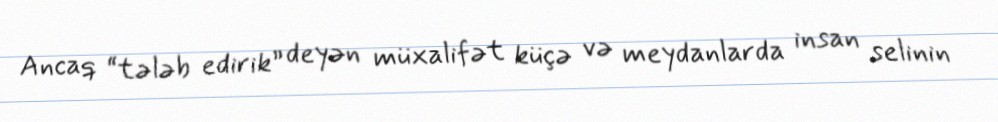
Ancaq “tələb edirik” deyən müxalifət küçə və meydanlarda insan selinin